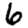
Digit: 6